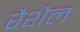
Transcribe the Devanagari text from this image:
रैशैल